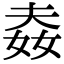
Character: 𡝉